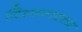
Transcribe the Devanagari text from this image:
विश्वनाथच्या